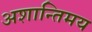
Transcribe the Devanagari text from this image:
अशान्तिमय